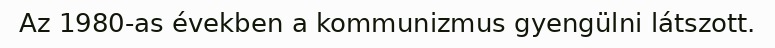
Az 1980-as években a kommunizmus gyengülni látszott.